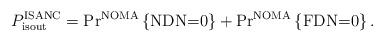
LaTeX: \begin{align*}&P_{\textrm{isout}}^{\textrm{ISANC}}=\textrm{Pr}^{\textrm{NOMA}}\left\lbrace \textrm{NDN=0} \right\rbrace +\textrm{Pr}^{\textrm{NOMA}}\left\lbrace \textrm{FDN=0} \right\rbrace.\end{align*}